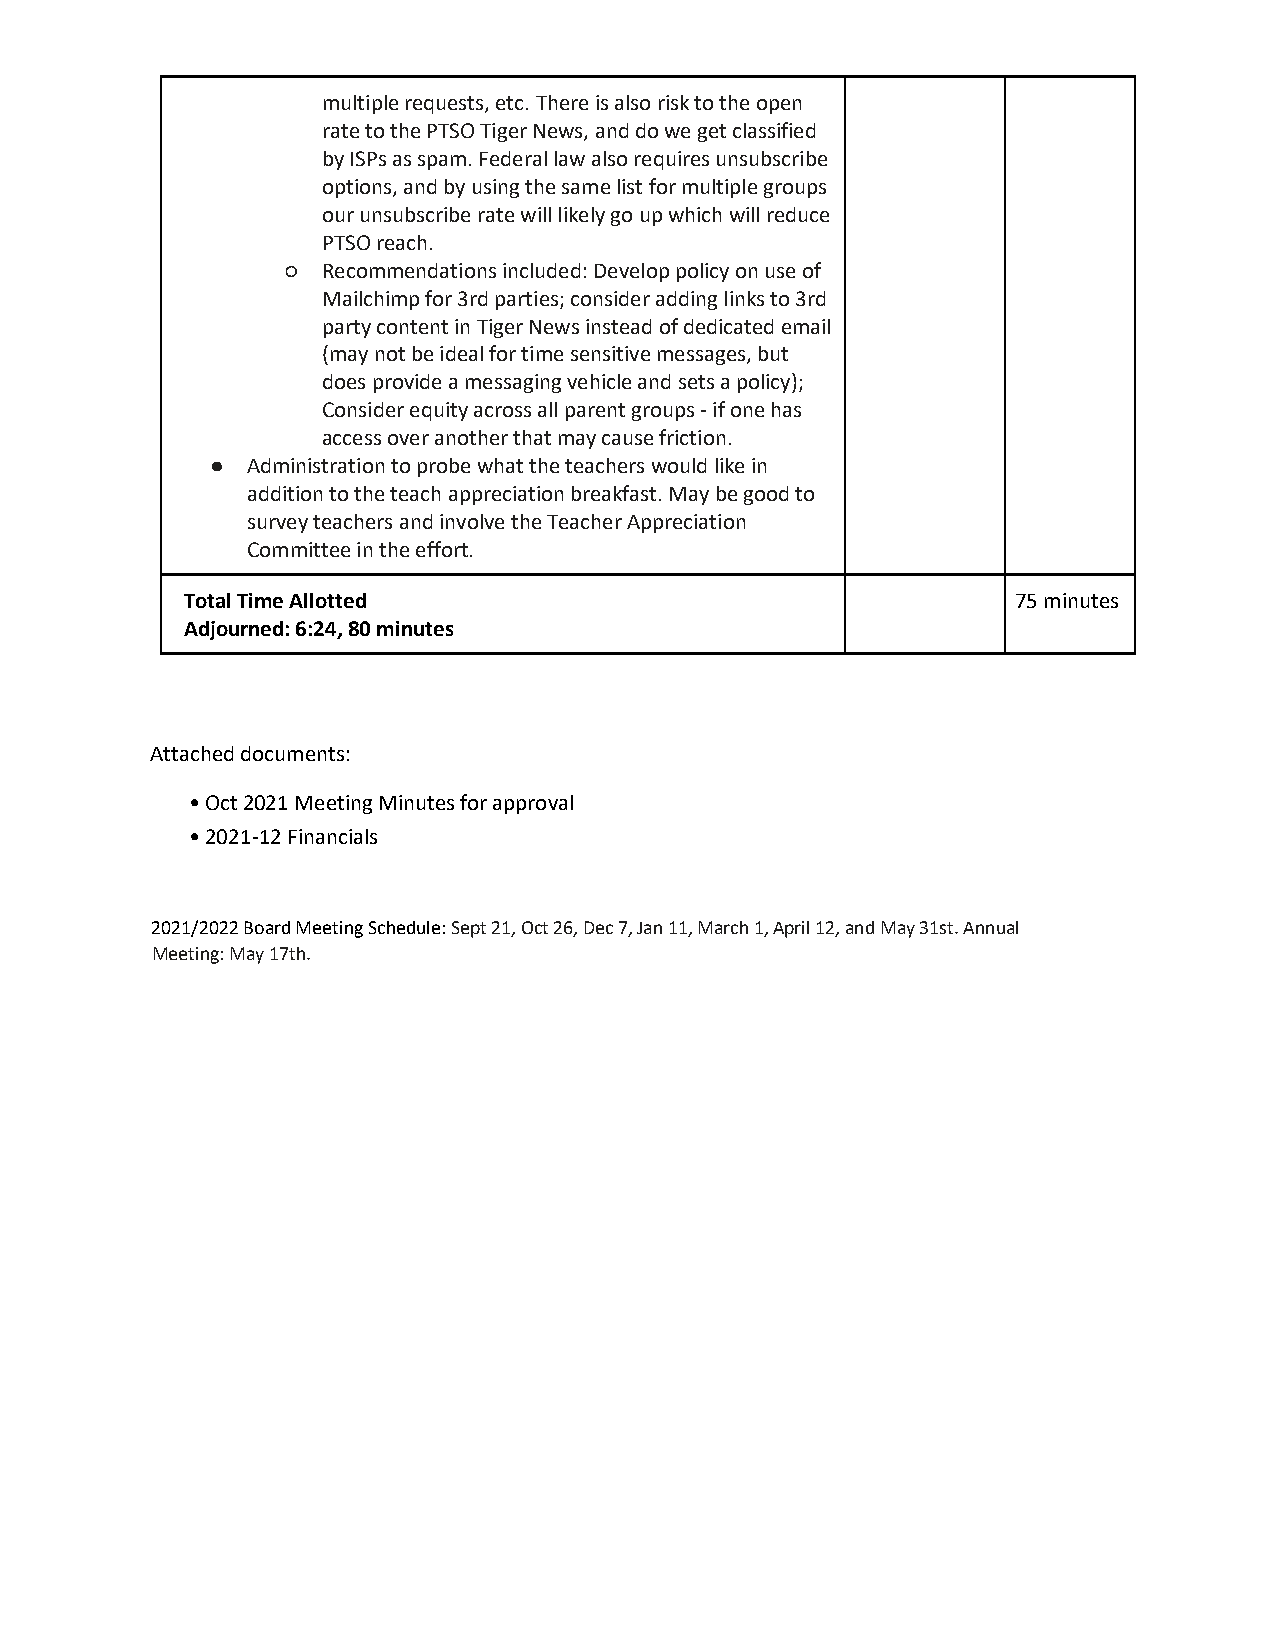
multiple requests, etc. There is also risk to the open
 rate to the PTSO Tiger News, and do we get classified
 by ISPs as spam. Federal law also requires unsubscribe
 options, and by using the same list for multiple groups
 our unsubscribe rate will likely go up which will reduce
 PTSO reach.
 ○ Recommendations included: Develop policy on use of
 Mailchimp for 3rd parties; consider adding links to 3rd
 party content in Tiger News instead of dedicated email
 (may not be ideal for time sensitive messages, but
 does provide a messaging vehicle and sets a policy);
 Consider equity across all parent groups - if one has
 access over another that may cause friction.
 ● Administration to probe what the teachers would like in
 addition to the teach appreciation breakfast. May be good to
 survey teachers and involve the Teacher Appreciation
 Committee in the effort.
 Total Time Allotted                                    75 minutes
 Adjourned: 6:24, 80 minutes
 Attached documents:
 • Oct 2021 Meeting Minutes for approval
 • 2021-12 Financials
 2021/2022 Board Meeting Schedule: Sept 21, Oct 26, Dec 7, Jan 11, March 1, April 12, and May 31st. Annual
 Meeting: May 17th.